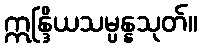
ဣန္ဒြိယသမ္ပန္နသုတ်။